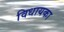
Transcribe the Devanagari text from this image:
विधायका